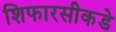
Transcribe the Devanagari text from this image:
शिफारसीकडे